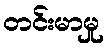
တင်းမာမှု